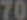
70